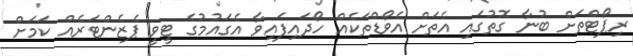
ރިޕޯޓްތަށް ބުނާ ގޮތުގައި އެތަށް އެވޯޑްތަކެއް ހޯދައިފައިވާ އެގައުމުގެ ޓީވީ ޕެޒެންޓަރެއް ކަމަށް